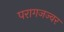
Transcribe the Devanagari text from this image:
परागजज्वर